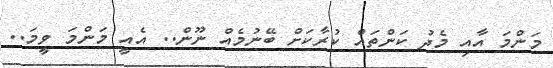
މަންމަ އާއި މެދު ކަންތައް ކުރާކަށް ބޭނުމެއް ނޫން.. އެއީ މަންމަ ވީމަ..